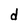
Character: d